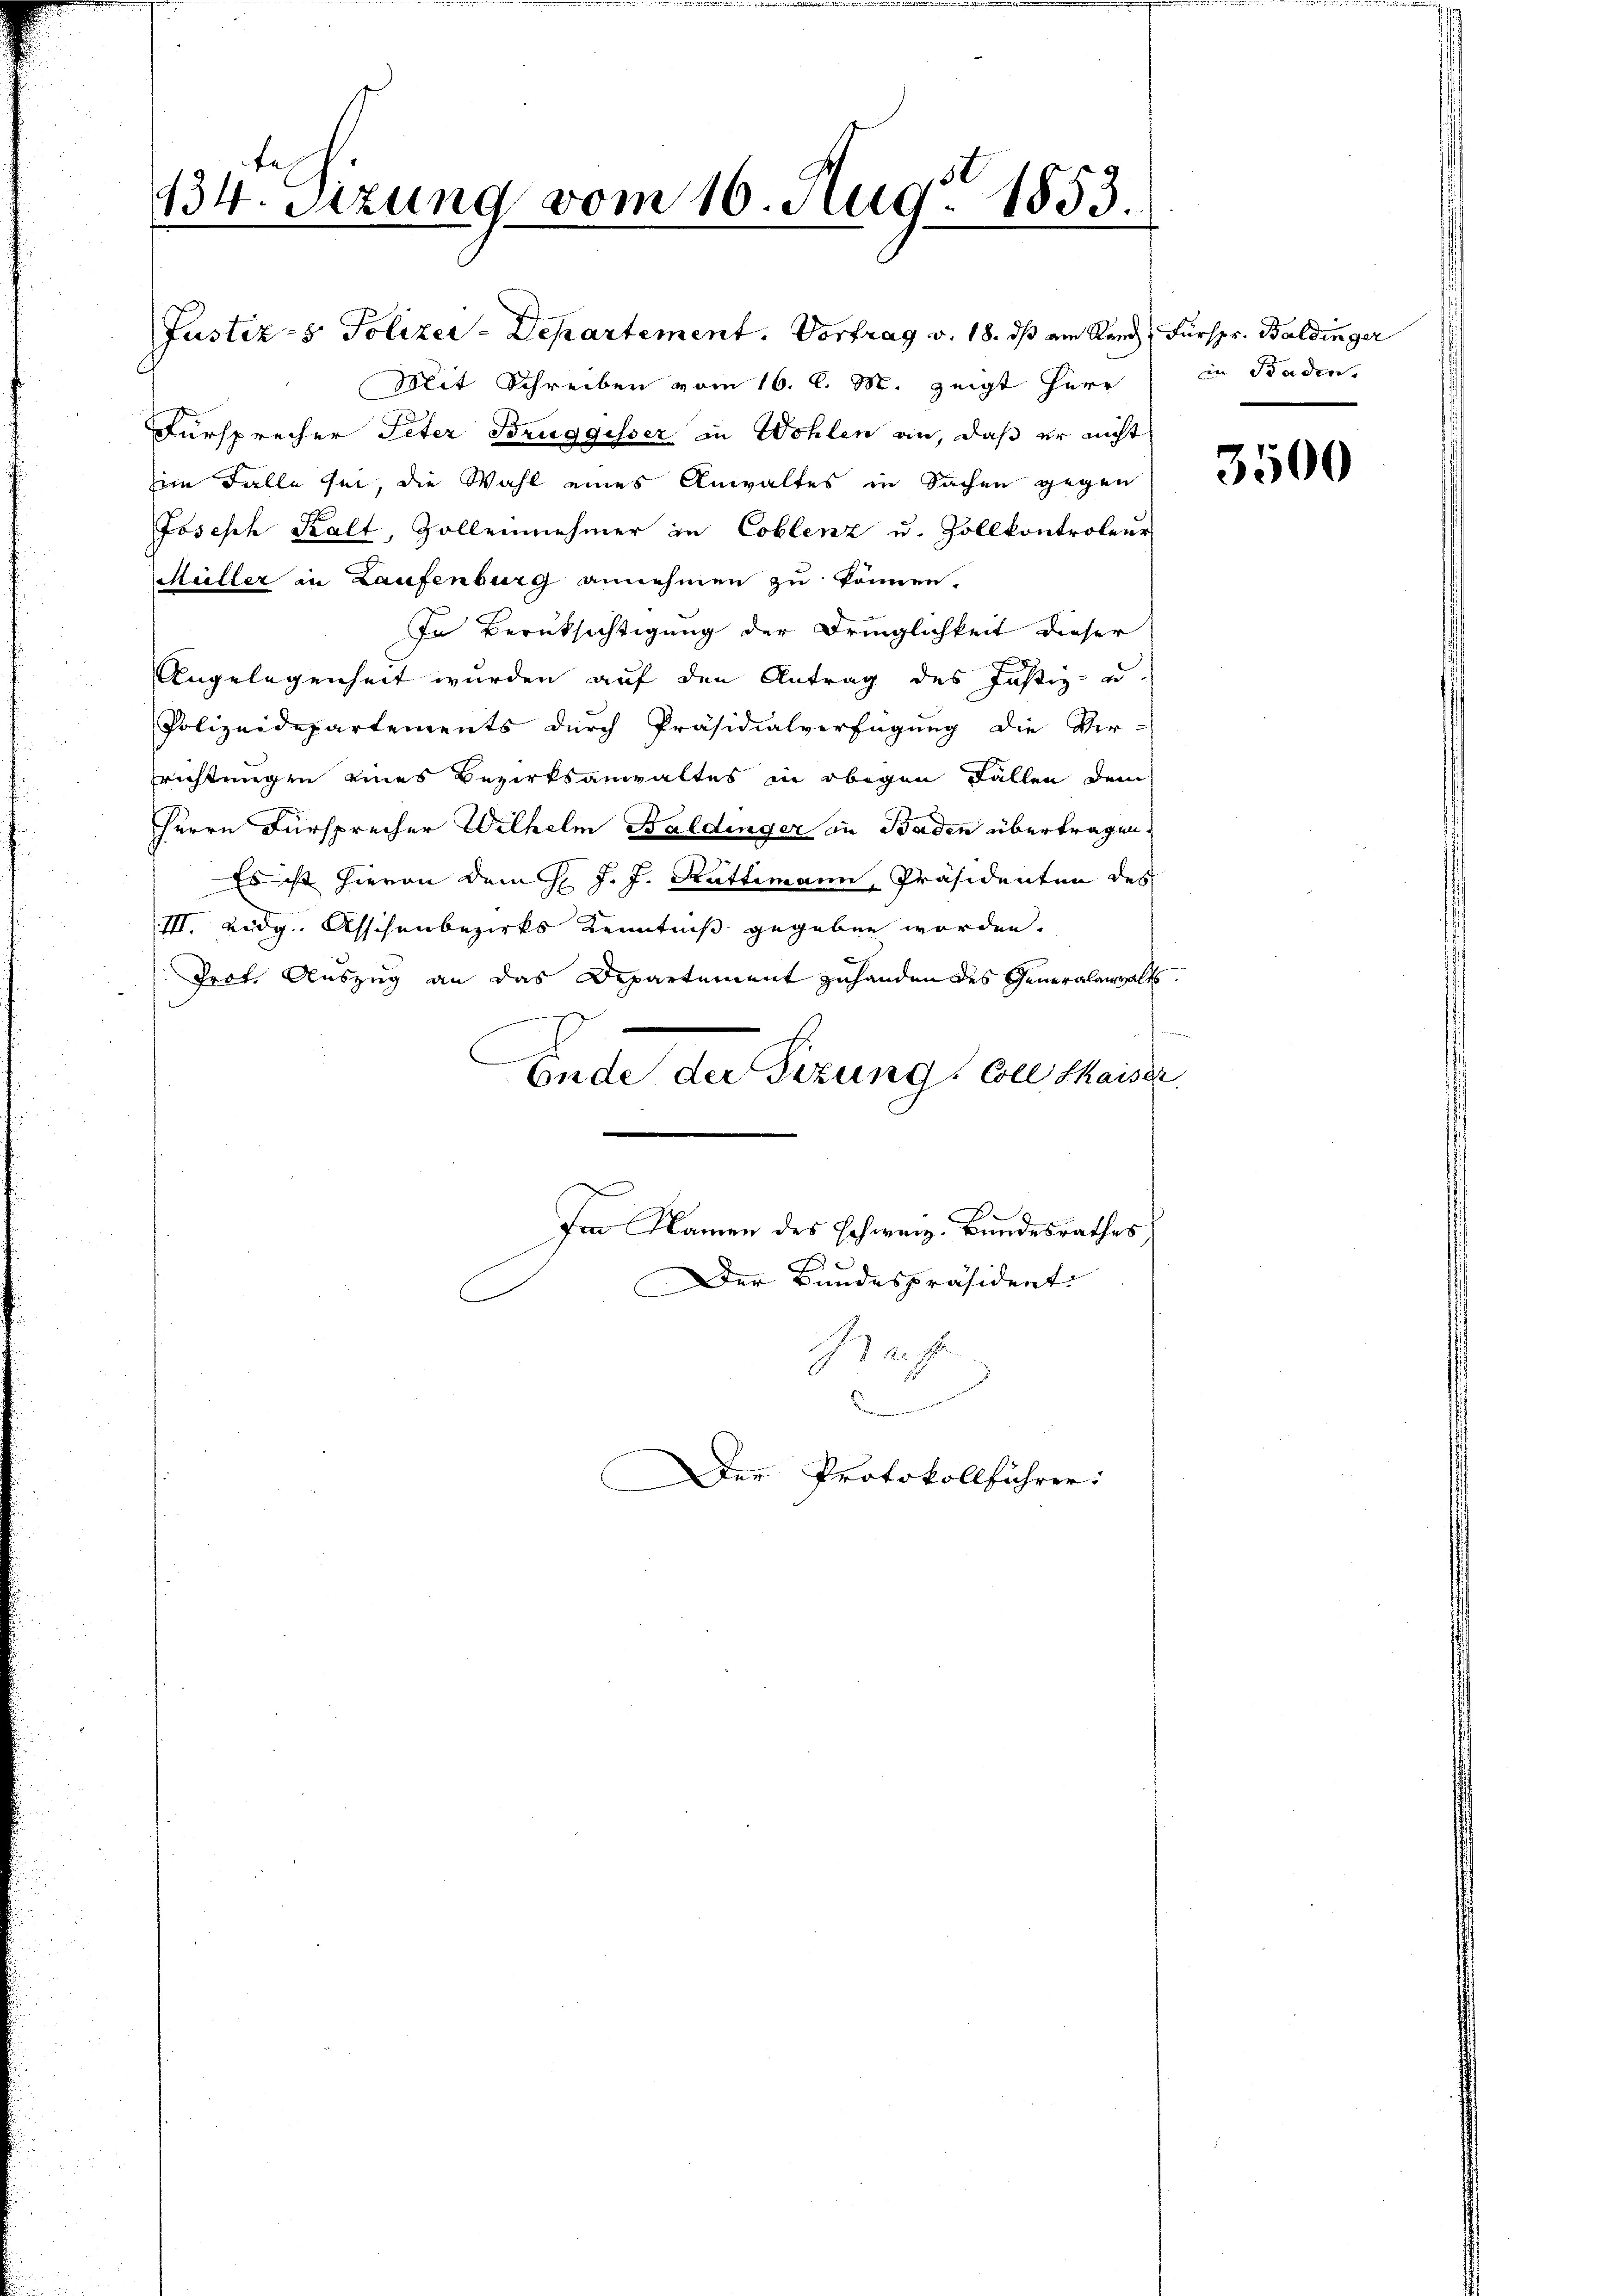
134. Sizung vom 16. Aug. 1853.

Justiz- & Polizer-Departement. Vortrag v. 18. ds am Rand Fürspr. Baldinger
Mit Schreiben vom 16. l. M. zeigt Herr
Fürsprecher Peter Bruggisser in Wohlen an, daß er nicht
im Falle sei, die Wahl eines Anwaltes in Sachen gegen
Joseph Kalt, Zollennehmer in Coblenz u. Zollkontroleur
Müller in Laufenburg annehmen zu können.
In Berüksichtigung der Dringlichkeit dieser
Angelegenheit wurden auf den Antrag des Justiz- u.
Polizeidepartements durch Präsidialverfügung die Ver-
richtungen eines Bezirksanwaltes in obigen Fällen dem
Herrn Fürsprecher Wilhelm Baldinger in Baden übertragen.
e
Es ist hievon dem H. J. J. Rüttimann, Präsidenten des
/III. Lidg. Asschenbezirks Kenntniß gegeben worden.
Prof. Auszug an das Departement zuhanden des Generalenwalts.
E
.
Ende der Sizung, Coll Skaiser

Der Bundespräsidente
I auf

Im Namen des Schweiz. Bundesrathes

Kammenenen un
Der Protokollführer:

in Baden.

u

3500